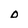
Character: D